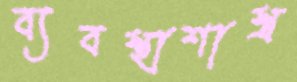
ব্যবস্থাশাস্ত্র